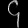
Digit: ၄